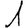
Digit: 1